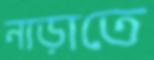
নাড়াতে